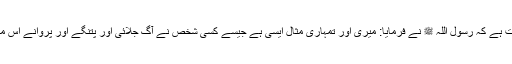
جابر بن عبد اللہ اور ابوہریرہ رضی اللہ عنہم سے روایت ہے کہ رسول اللہ ﷺ نے فرمایا: میری اور تمہاری مثال ایسی ہے جیسے کسی شخص نے آگ جلائی اور پتنگے اور پروانے اس میں گرنے لگے اور یہ شخص انہیں اس سے ہٹا رہا ہے۔